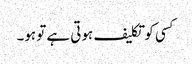
کسی کو تکلیف ہوتی ہے تو ہو۔